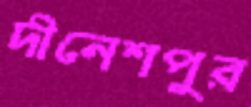
দীনেশপুর